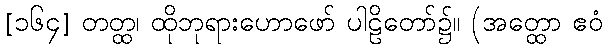
[၁၆၄] တတ္ထ၊ ထိုဘုရားဟောဖော် ပါဠိတော်၌။ (အတ္ထော ဧဝံ